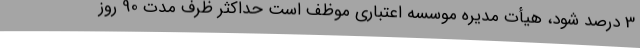
3 درصد شود، هیأت مدیره موسسه اعتباری موظف است حداکثر ظرف مدت 90 روز